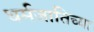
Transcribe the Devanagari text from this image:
धर्मजातिच्या